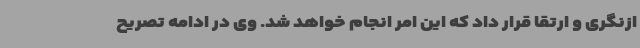
ازنگری و ارتقا قرار داد که این امر انجام خواهد شد. وی در ادامه تصریح